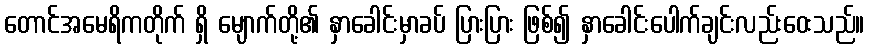
တောင်အမေရိကတိုက် ရှိ မျောက်တို့၏ နှာခေါင်းမှာခပ် ပြားပြား ဖြစ်၍ နှာခေါင်းပေါက်ချင်းလည်းဝေးသည်။